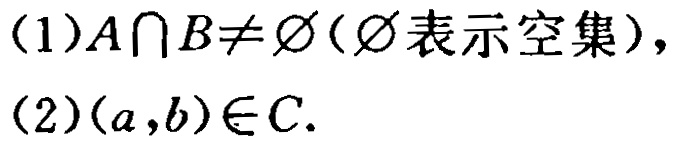
(1)$A\cap B\neq \varnothing(\varnothing表示空集),$

(2)$(a,b)\in C.$